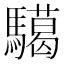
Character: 𩦞